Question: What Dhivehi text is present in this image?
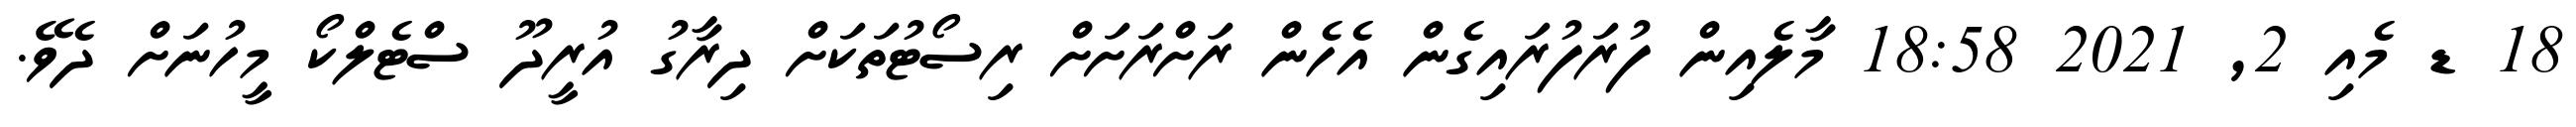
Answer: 18 ޑ މެއި 2, 2021 18:58 މާލެއިން ފުރަފުރައިގެން އެހެން ރަށްރަށަށް ރިސޯޓުތަކަށް ދިރާގު އުރީދޫ ސްޓެލްކޯ މީހުނަށް ދެވޭ.